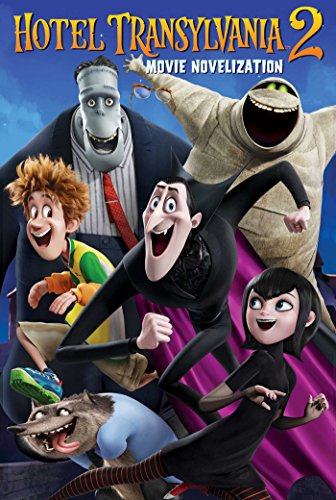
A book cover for Hotel Transylvania 2 Movie Novelization; Children's Books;